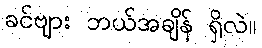
ခင်ဗျား ဘယ်အချိန် ရှိလဲ။